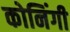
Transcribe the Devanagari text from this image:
कोनिंगी